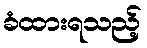
ခံထားရသည့်